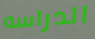
الدراسه